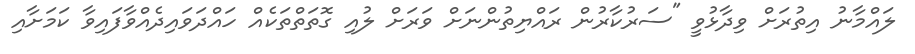
ލައްމާނު އިތުރަށް ވިދާޅުވީ "ސަރުކާރުން ރައްޔިތުންނަށް ވަރަށް ލުއި ގޮތަތްތަކެއް ހައްދަވައިދެއްވާފައިވާ ކަމަށާއި